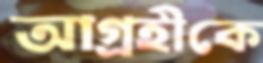
আগ্রহীকে